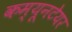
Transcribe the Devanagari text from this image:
कम्यूनटेयर